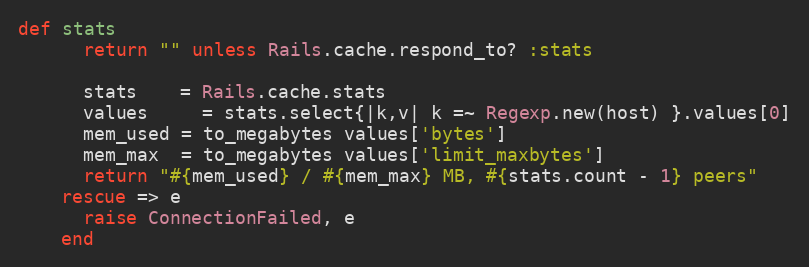
Language: Ruby
def stats
      return "" unless Rails.cache.respond_to? :stats

      stats    = Rails.cache.stats
      values     = stats.select{|k,v| k =~ Regexp.new(host) }.values[0]
      mem_used = to_megabytes values['bytes']
      mem_max  = to_megabytes values['limit_maxbytes']
      return "#{mem_used} / #{mem_max} MB, #{stats.count - 1} peers"
    rescue => e
      raise ConnectionFailed, e
    end